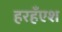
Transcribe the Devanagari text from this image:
हरहँएश